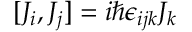
[ J _ { i } , J _ { j } ] = i \hbar \epsilon _ { i j k } J _ { k }